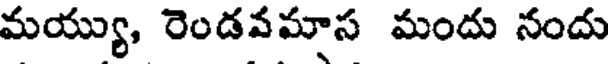
మయ్యు, రెండవమాస మందు నందు